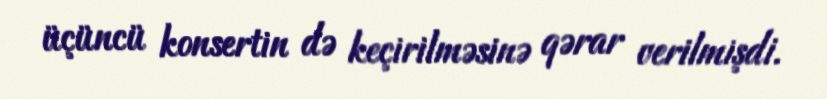
üçüncü konsertin də keçirilməsinə qərar verilmişdi.